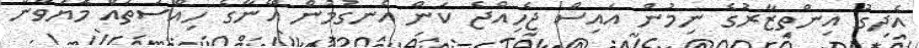
އެދިގު އިންތިޒާރުގެ ނިމުން އައިސް ޖެހިއްޖެ ކަން އެނގުމުން އޭނާގެ ހިއްސުތައް މޮޔަވާން